Report of the Hyderabad Chloroform Commission
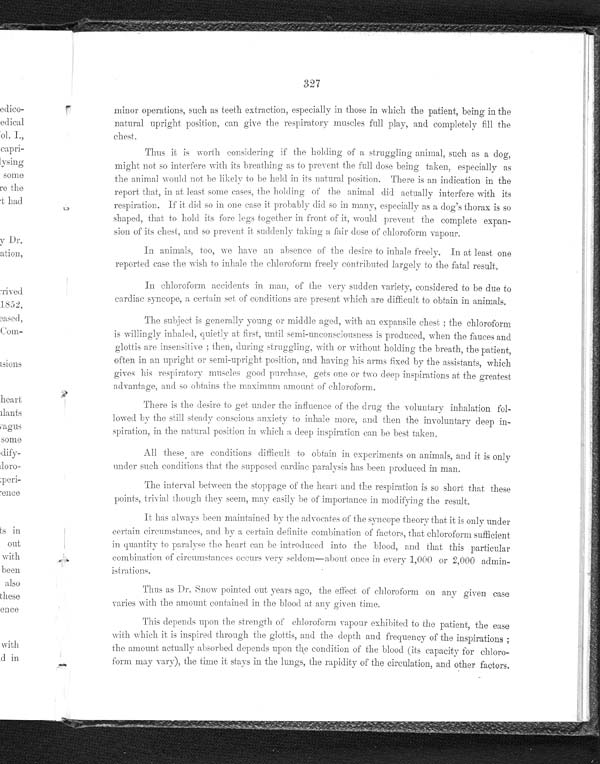
327
minor operations, such as teeth extraction, especially in those in which the patient, being in the
natural upright position, can give the respiratory muscles full play, and completely fill the
chest.
Thus it is worth considering if the holding of a struggling animal, such as a dog,
might not so interfere with its breathing as to prevent the full dose being taken, especially as
the animal would not be likely to be held in its natural position. There is an indication in the
report that, in at least some cases, the holding of the animal did actually interfere with its
respiration. If it did so in one case it probably did so in many, especially as a dog's thorax is so
shaped, that to hold its fore legs together in front of it, would prevent the complete expan-
-sion of its chest, and so prevent it suddenly taking a fair dose of chlorof
o r m v a p o u r .
In animals, too, we have an absence of the desire to inhale freely. In at least
o n e r e p o r t e d c a s e t h e w i s h t o i n h a l e t h e c h l o r o f o r m f r e e l y c o n t r i b u t e d l a r g e l y t o t h e f a t a l r e s u l t .
In chloroform accidents in man, of the very sudden variety, considered to be due to
cardiac syncope, a certain set of conditions are present which are difficult to obtain in animals.
The subject is generally young or middle aged, with an expansile chest: the chloroform
is willingly inhaled, quietly at first, until semi-unconsciousness is produced, when the fauces and
glottis are insensitive: then, during struggling , with or without holding the breath, the patient,
often in an upright or semi-upright position, and having his arms fixed by the assistants, which
gives his respiratory muscles good purchase, gets one or two deep inspirations at the greatest
advantage, and so obtains the maximum amount of chloroform.
There is the desire to got under the influence of the drug the voluntary inhalation fol-
-lowed by the still steady conscious anxiety to inhale more, and then the involuntary deep in--
spiration, in the natural position in which a deep inspiration can be best taken.
All these are conditions difficult to obtain in experiments on animals, and it is only
under such conditions that the supposed cardiac paralysis has been produced in man.
The interval between the stoppage of the heart and the respiration is so short that these
points, trivial though they seem, may easily be of importance in modifying the result.
It has always been maintained by the advocates the syncope theory that it is only under
certain circumstances, and by a certain definite combination of factors, that chloroform sufficient
in quantity to paralyse the heart can be introduced into the blood, and that this particula
r combination of circumstances occurs very seldom—about once in every 1,000 or 2,000 admin
-istrations.
Thus as Dr. Snow pointed out years ago, the effect of chloroform on any given case
varies with the amount contained in the blood at any given time.
This depends upon the strength of chloroform vapour exhibited to the patient, the ease
with which it is inspired through the glottis , and the depth and frequency of the inspirations;
the amount actually absorbed depends upon the condition of the blood (its capacity for chloro-
- f o r m m a y v a r y ) , t h e t i m e i t s t a y s i n t h e l u n g s , t h e r a p i d i t y o f t h e c i r c u l a t i o n , a n d o t h e r f a c t o r s .